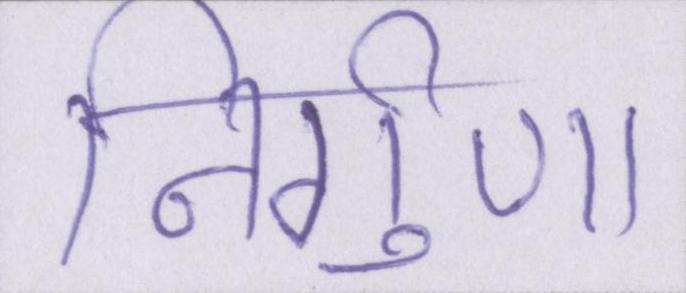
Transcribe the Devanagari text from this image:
निर्गुण